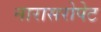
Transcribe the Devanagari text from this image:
नारासरोपेट